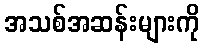
အသစ်အဆန်းများကို